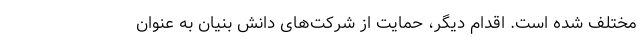
مختلف شده است. اقدام دیگر، حمایت از شرکت‌های دانش بنیان به عنوان